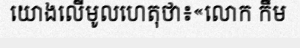
យោងលើមូលហេតុថា៖«លោក កឹម